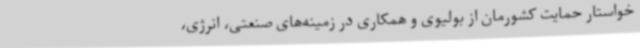
خواستار حمایت کشورمان از بولیوی و همکاری در زمینه‌های صنعتی، انرژی،